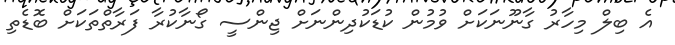
އެ ބިލް މިހާރު ގާނޫނަކަށް ވުމުން ކުޑަކުދިންނަށް ޖިންސީ ގޯނާކުރާ ފަރާތްތަކަށް ބޮޑެތި